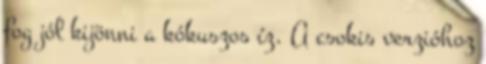
fog jól kijönni a kókuszos íz. A csokis verzióhoz